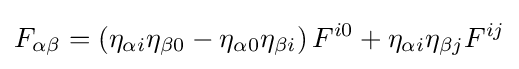
F_{\alpha \beta }=\left(\eta _{\alpha i}\eta _{\beta 0}-\eta _{\alpha 0}\eta _{\beta i}\right)F^{i0}+\eta _{\alpha i}\eta _{\beta j}F^{ij}